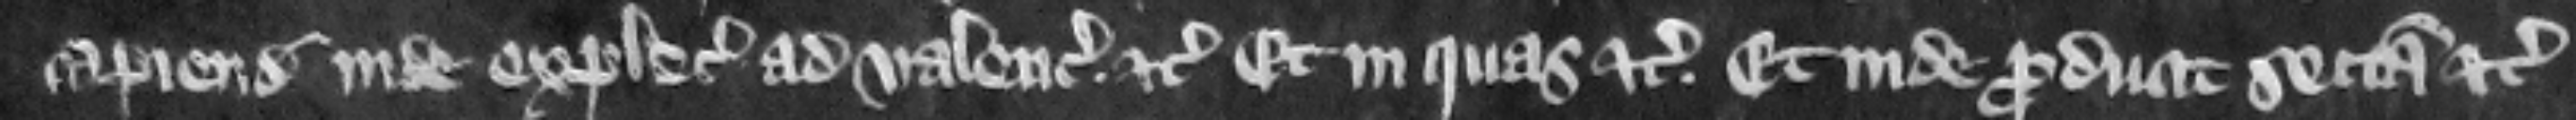
capiendo inde explecia ad valenciam. etc. et in quas etc. Et inde producit sectam etc.